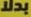
بدلا